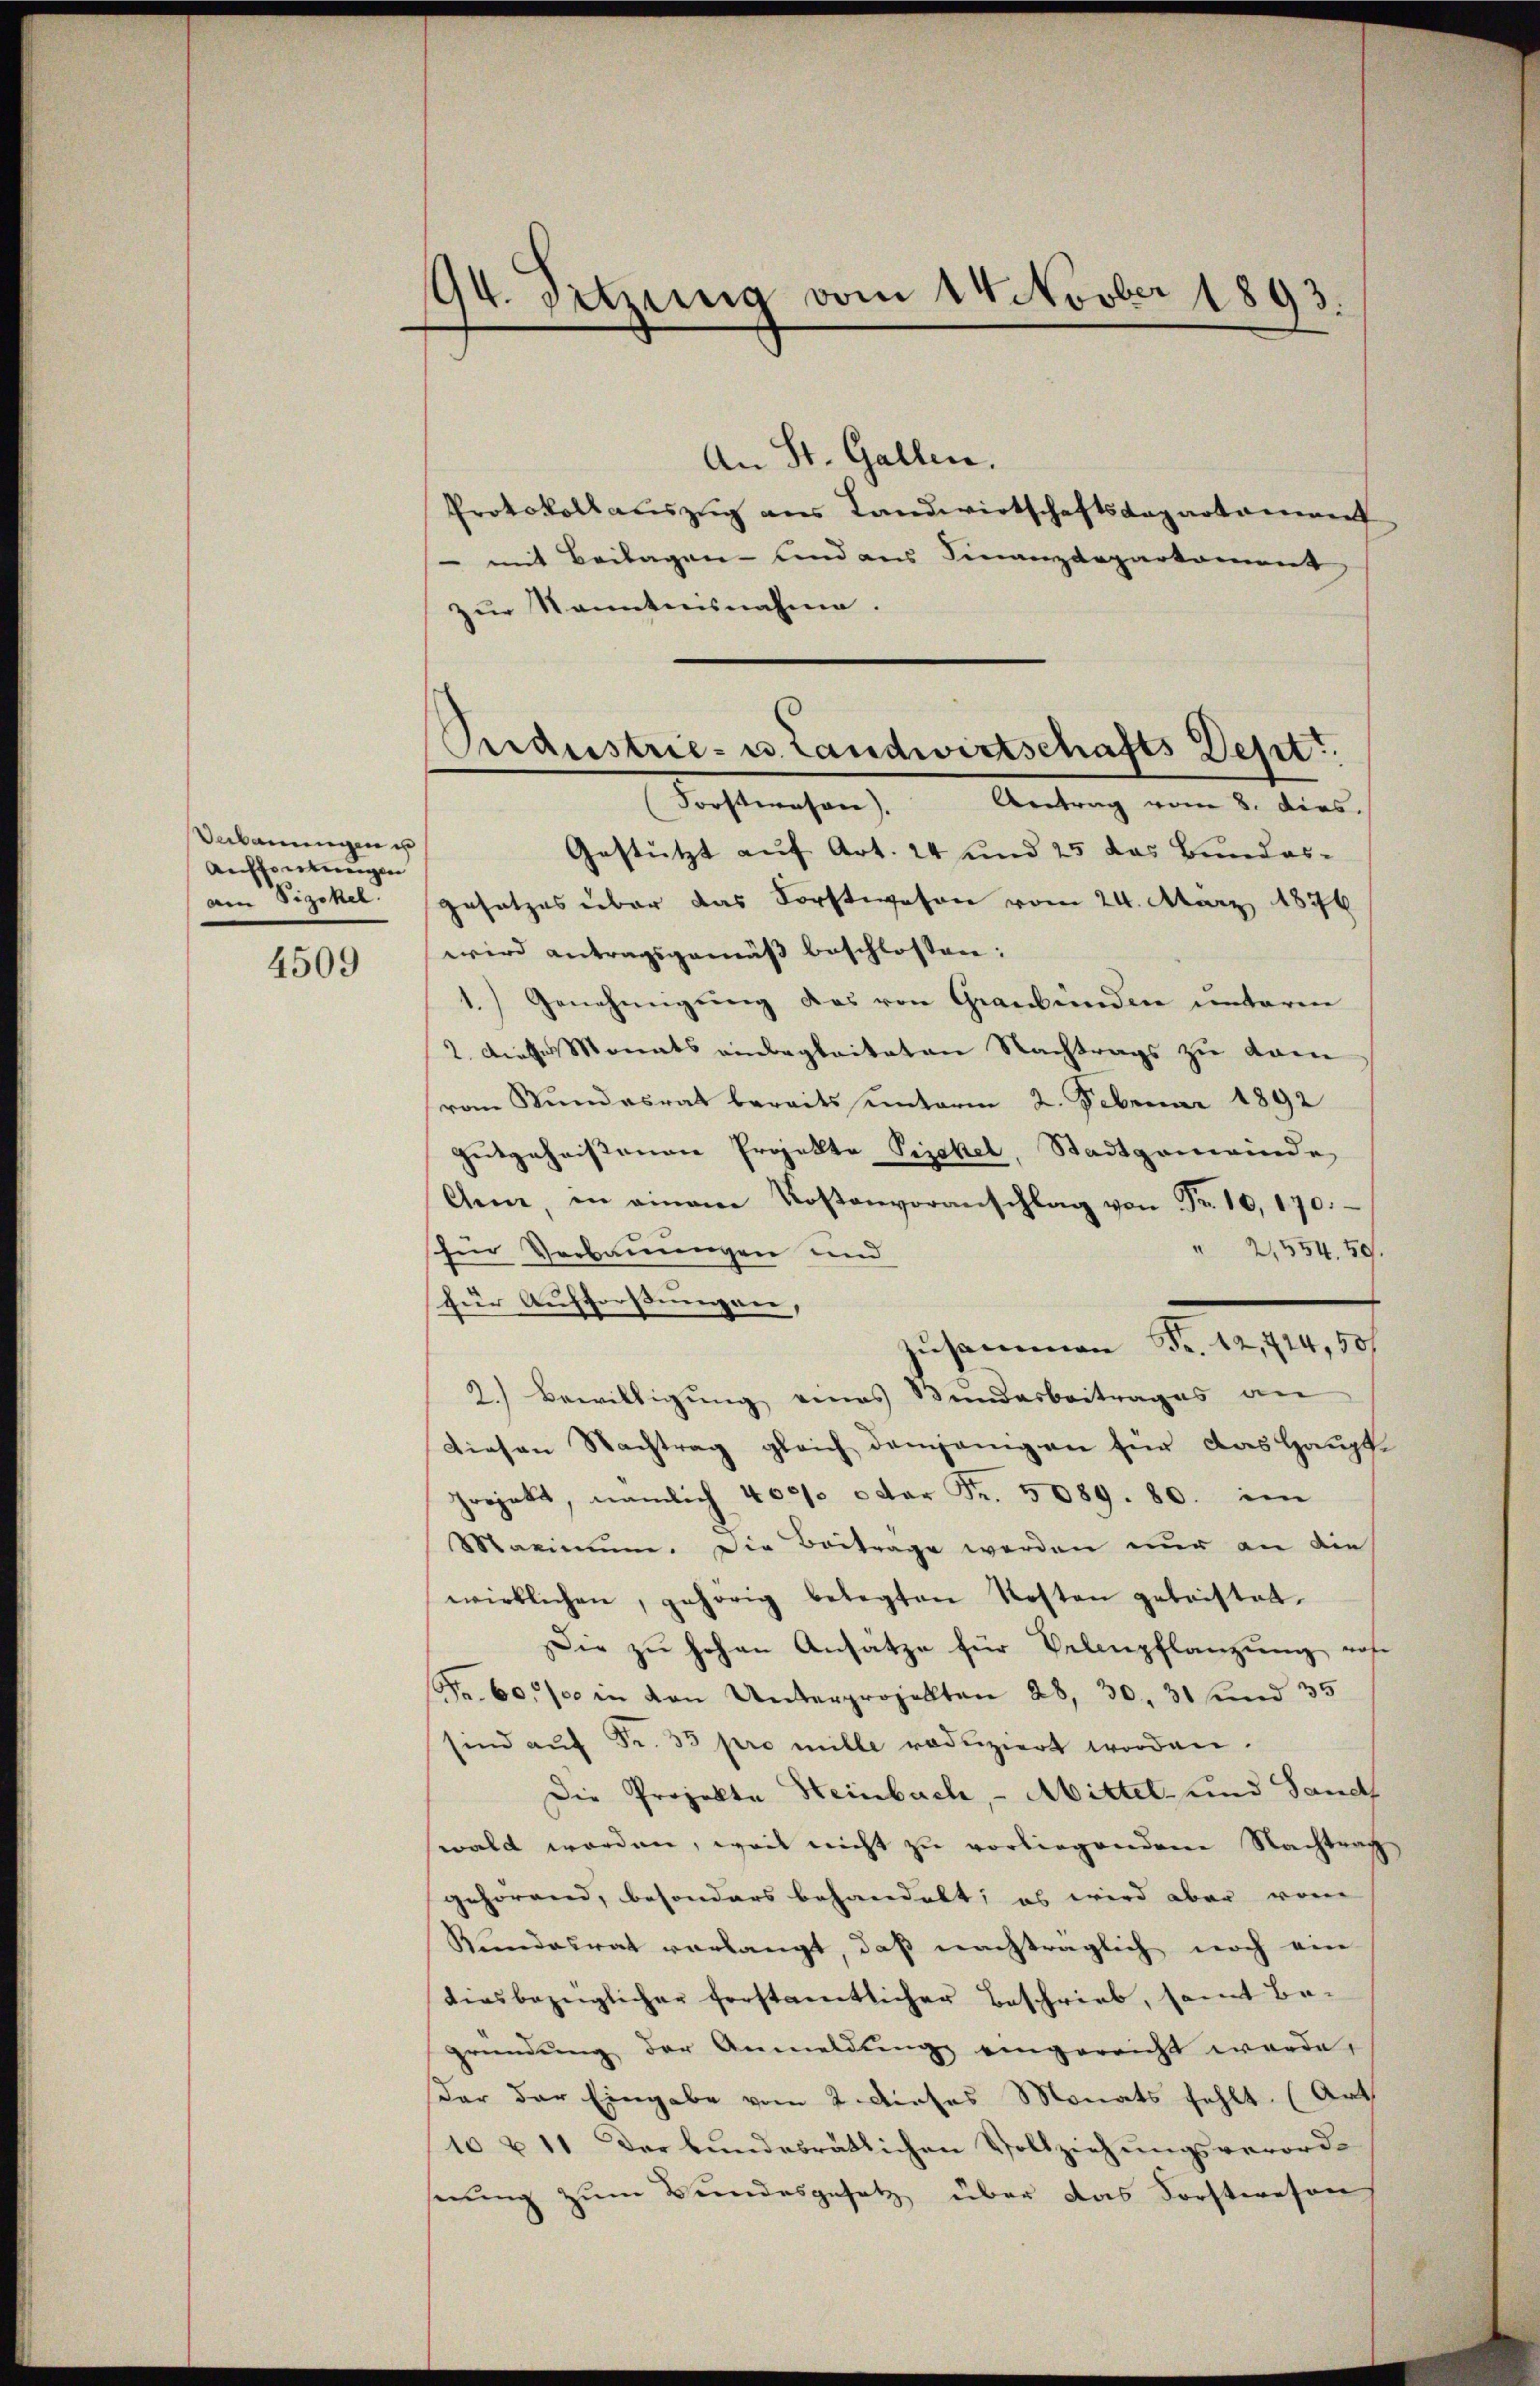
Verbauungen ist
Auffenkungen
am Vizekel.

4509

94. Setzung vom 14 Novber 1893.

An St. Gallen.
Protokollauszug aus Landwirtschaftsdepartament
 mit Beilagen- und aus Finanzdepartement
zur Kenntnisnahme.

Gestützt auf Art. 24 und 25 das Bundes-
gesetzes über das Forstwesen vom 24. März 1876
wird antragsgemäß beschlossen:
1.) Genehmigŭng des von Graubünden unteren
2. Dieses Monats einbegleiteten Nachtrags zu vom
vom Bundesrat bereits unterm 2. Februar 1892
Gutgeheissenen Projekte Vizekel, Stadtgemeinde
Ann, in amam Kostenvoranschlag von Fr. 10, 170.
" 2,554. 59.
für Verbauungen und
für Aufforstungen,
Zusammen Fr. 12,714,50/
2.) Bewilligŭng eines Bundesbeitrages an
Diesen Nachtrag gleich demjenigen für das Haupt-
projekt, nämlich 400. u der Fr. 5089. 80. im
Maximum. Die Beitrage werden nur an die
wirklichen, gehörig belegten Kosten geleistet.
Die zŭ hohen Ansätze für Belenpflanzung note
Fr. 60, in den Unterprozellten 28, 30. 31 und 35
sind aŭf Fr. 33 pro mille redŭziert worden.
Die Projekte Heinbach, - Abittel- und Sands
wald worden, weil nicht zu vorliegenden Nachtrag
gehörend, besonders behandelt; es wird aber vom
Rundesrat vorlangt, daß nachträglich noch ein
diesbezüglicher ferstamtlicher Beschrieb, samt Be-
gründung der Anmeldung eingereicht werde,
dar der Eingabe vom 2. Dieses Monats fehlt. (Art
10 & 11 Der bundesrätlichen Vollziehungsverorderung zum Bundesgesetz über das Forstwesenh

Ordustrie- u. Landwirtschafts Dept.
Forstwesen). Antrag vom 8. dies.